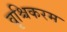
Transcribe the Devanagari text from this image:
वृश्चिकरम